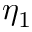
\eta _ { 1 }